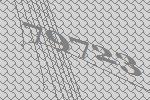
79723